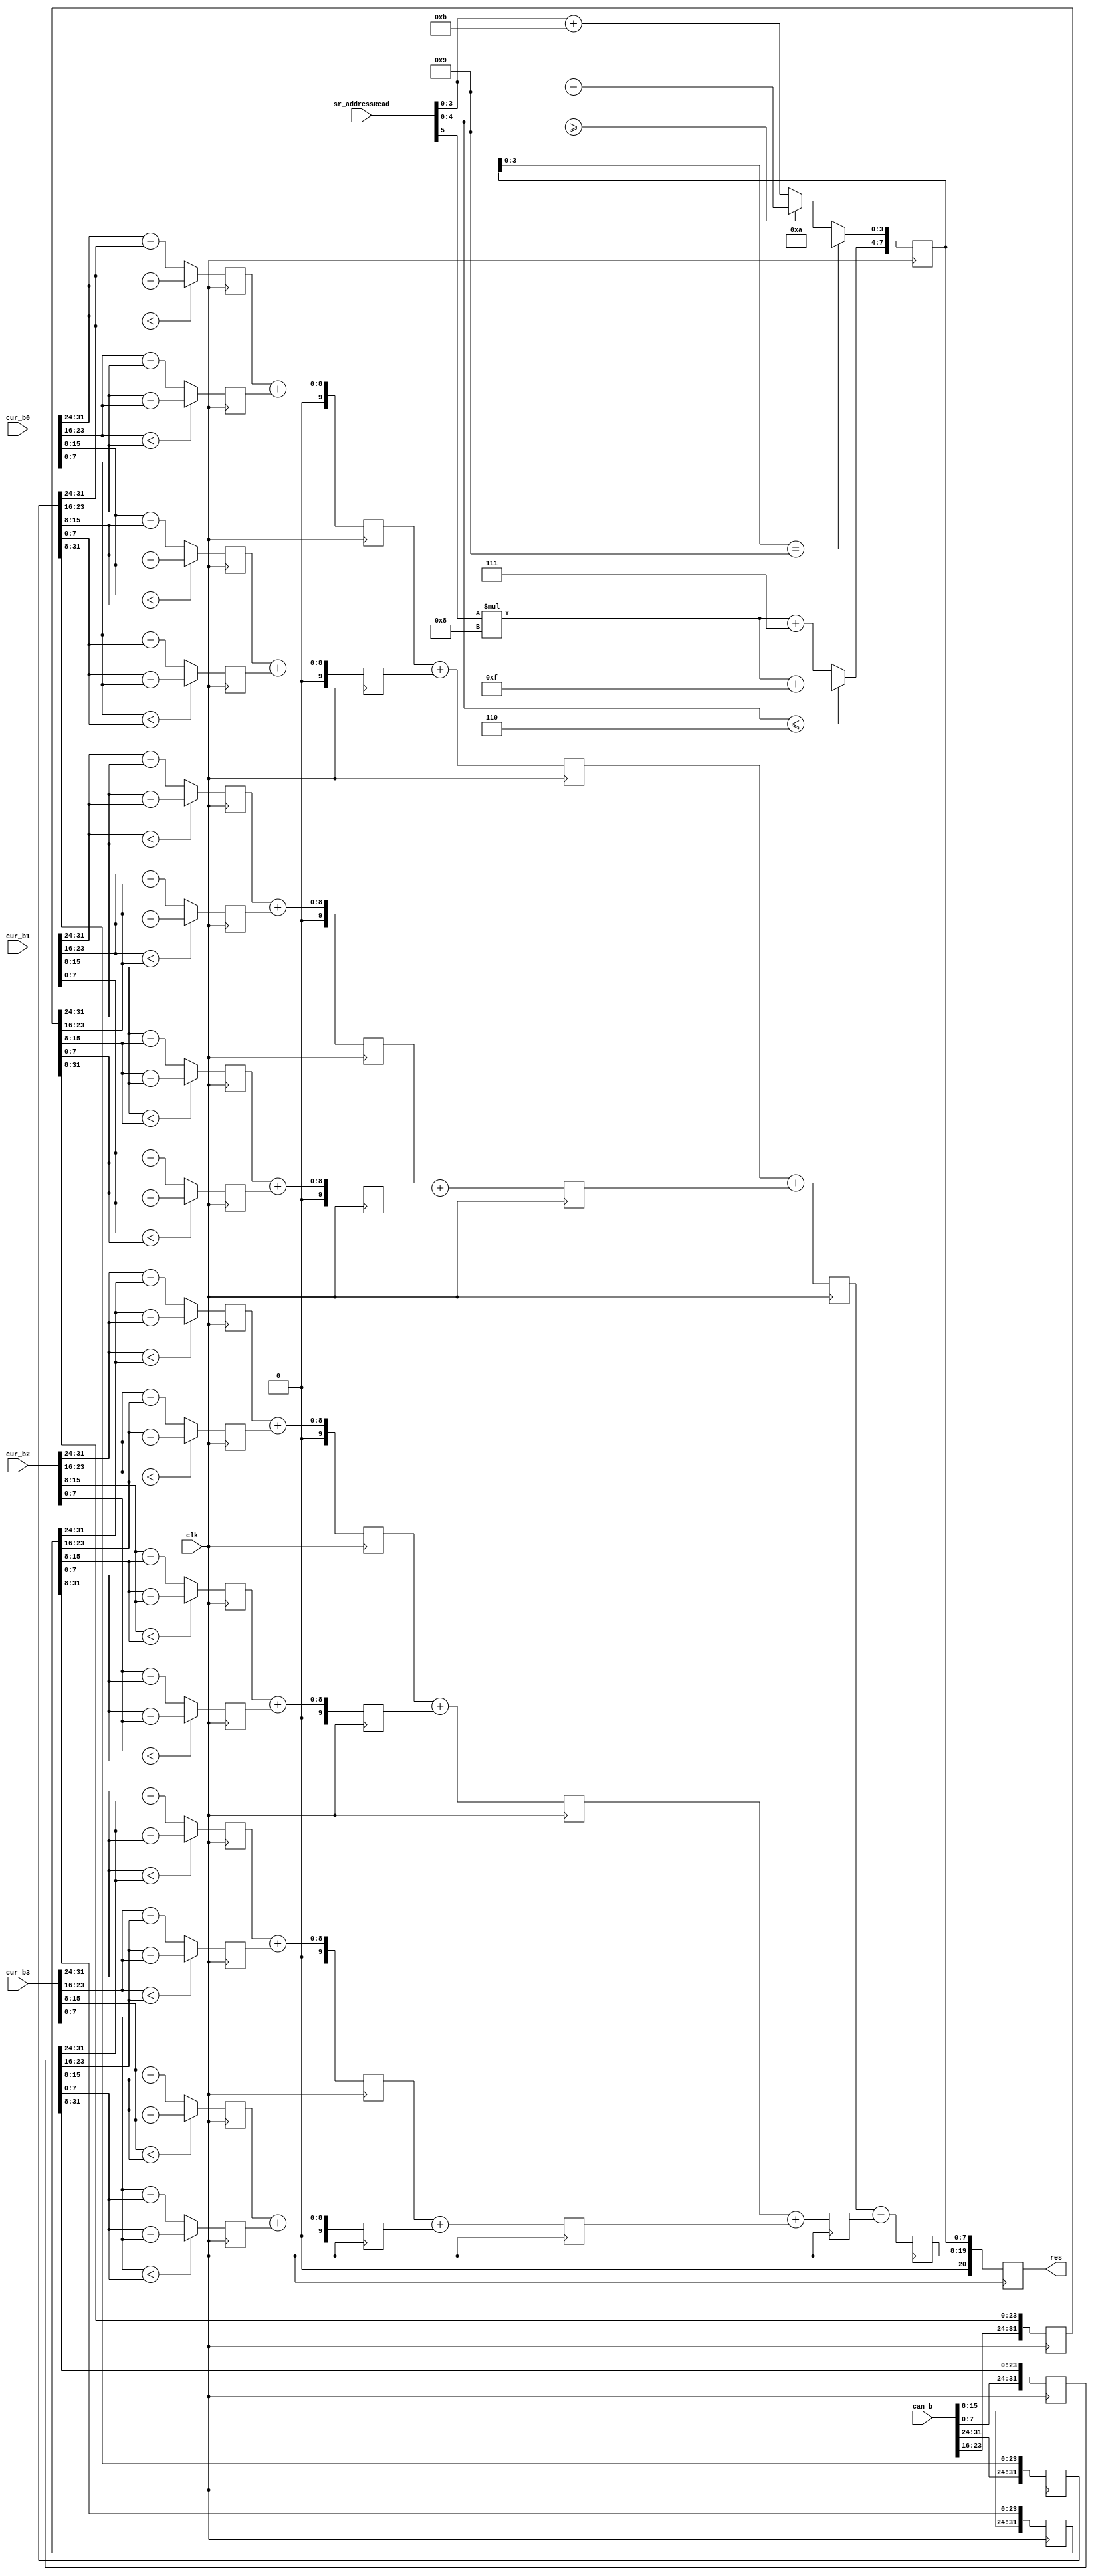
module MAD8 (cur_b0,cur_b1,cur_b2,cur_b3,can_b,clk,res,sr_addressRead);//add sr_addressRead[5:0],comapre_out[20:0] 
  input[31:0] cur_b0;
  input[31:0] cur_b1;
  input[31:0] cur_b2;
  input[31:0] cur_b3;
  input[87:0] can_b;
  input clk;
  input[5:0] sr_addressRead;
  output [20:0]res;
  
  reg[20:0] res;
  
  reg[31:0] mad0;
  reg[31:0] mad1;
  reg[31:0] mad2;
  reg[31:0] mad3;
  
  reg [7:0] res_00;
  reg [7:0] res_01;
  reg [7:0] res_02;
  reg [7:0] res_03;
  reg [7:0] res_04;
  reg [7:0] res_05;
  reg [7:0] res_06;
  reg [7:0] res_07;
  reg [7:0] res_08;
  reg [7:0] res_09;
  reg [7:0] res_010;
  reg [7:0] res_011;
  reg [7:0] res_012;
  reg [7:0] res_013;
  reg [7:0] res_014;
  reg [7:0] res_015;
  
  reg[9:0]res_10;
  reg[9:0]res_11;
  reg[9:0]res_12;
  reg[9:0]res_13;
  reg[9:0]res_14;
  
  reg[9:0]res_15;
  reg[9:0]res_16;
  reg[9:0]res_17;
  
  reg[10:0]res_20;
  reg[10:0]res_21;
  reg[10:0]res_22;
  reg[10:0]res_23;
  
  reg[11:0]res_30;
  reg[11:0]res_31;
  reg[11:0]res_4;
  
  reg[7:0]address;
  always@(posedge clk)
    begin
      mad0<=mad0>>8;
      mad1<=mad1>>8;
      mad2<=mad2>>8;
      mad3<=mad3>>8;
      
      {mad0[31:24],mad1[31:24],mad2[31:24],mad3[31:24]}<=can_b[31:0];
      
      
      res_00<=(cur_b0[31:24]<mad0[31:24])?(mad0[31:24]-cur_b0[31:24]):(cur_b0[31:24]-mad0[31:24]);
      res_01<=(cur_b0[23:16]<mad0[23:16])?(mad0[23:16]-cur_b0[23:16]):(cur_b0[23:16]-mad0[23:16]);
      res_02<=(cur_b0[15:8]<mad0[15:8])?(mad0[15:8]-cur_b0[15:8]):(cur_b0[15:8]-mad0[15:8]);
      res_03<=(cur_b0[7:0]<mad0[7:0])?(mad0[7:0]-cur_b0[7:0]):(cur_b0[7:0]-mad0[7:0]);
      res_04<=(cur_b1[31:24]<mad1[31:24])?(mad1[31:24]-cur_b1[31:24]):(cur_b1[31:24]-mad1[31:24]);
      res_05<=(cur_b1[23:16]<mad1[23:16])?(mad1[23:16]-cur_b1[23:16]):(cur_b1[23:16]-mad1[23:16]);
      res_06<=(cur_b1[15:8]<mad1[15:8])?(mad1[15:8]-cur_b1[15:8]):(cur_b1[15:8]-mad1[15:8]);
      res_07<=(cur_b1[7:0]<mad1[7:0])?(mad1[7:0]-cur_b1[7:0]):(cur_b1[7:0]-mad1[7:0]);
      res_08<=(cur_b2[31:24]<mad2[31:24])?(mad2[31:24]-cur_b2[31:24]):(cur_b2[31:24]-mad2[31:24]);
      res_09<=(cur_b2[23:16]<mad2[23:16])?(mad2[23:16]-cur_b2[23:16]):(cur_b2[23:16]-mad2[23:16]);
      res_010<=(cur_b2[15:8]<mad2[15:8])?(mad2[15:8]-cur_b2[15:8]):(cur_b2[15:8]-mad2[15:8]);
      res_011<=(cur_b2[7:0]<mad2[7:0])?(mad2[7:0]-cur_b2[7:0]):(cur_b2[7:0]-mad2[7:0]);
      res_012<=(cur_b3[31:24]<mad3[31:24])?(mad3[31:24]-cur_b3[31:24]):(cur_b3[31:24]-mad3[31:24]);
      res_013<=(cur_b3[23:16]<mad3[23:16])?(mad3[23:16]-cur_b3[23:16]):(cur_b3[23:16]-mad3[23:16]);
      res_014<=(cur_b3[15:8]<mad3[15:8])?(mad3[15:8]-cur_b3[15:8]):(cur_b3[15:8]-mad3[15:8]);
      res_015<=(cur_b3[7:0]<mad3[7:0])?(mad3[7:0]-cur_b3[7:0]):(cur_b3[7:0]-mad3[7:0]);
      
      res_10<=res_00+res_01;
      res_11<=res_02+res_03;
      res_12<=res_04+res_05;
      res_13<=res_06+res_07;
      res_14<=res_08+res_09;
      res_15<=res_010+res_011;
      res_16<=res_012+res_013;
      res_17<=res_014+res_015;
      
      res_20<=res_10+res_11;
      res_21<=res_12+res_13;
      res_22<=res_14+res_15;
      res_23<=res_16+res_17;
      
      res_30<=res_20+res_21;
      res_31<=res_22+res_23;
      
      res_4<=res_30+res_31;
      
      address[7:4]<=(sr_addressRead[4:0] <= 6) ? (sr_addressRead[5]*8+15) : (sr_addressRead[5]*8+7);
      address[3:0]<=(address[3:0]== 9)? 10:((sr_addressRead[4:0] >= 9)? (sr_addressRead[4:0]-9) : (sr_addressRead[4:0] + 11));
      res<={res_4,address};
      

    end
/*
  always@(mad0 or mad1 or mad2 or mad3)
  begin
      if(cur_b0[31:24]<mad0[31:24])
        res_00=mad0[31:24]-cur_b0[31:24];
      else
        res_00=cur_b0[31:24]-mad0[31:24];
        
      if(cur_b0[23:16]<mad0[23:16])
        res_01=mad0[23:16]-cur_b0[23:16];
      else
        res_01=cur_b0[23:16]-mad0[23:16];
        
      if(cur_b0[15:8]<mad0[15:8])
        res_02=mad0[15:8]-cur_b0[15:8];
      else
        res_02=cur_b0[15:8]-mad0[15:8];
        
      if(cur_b0[7:0]<mad0[7:0])
        res_03=mad0[7:0]-cur_b0[7:0];
      else
        res_03=cur_b0[7:0]-mad0[7:0];
        
      if(cur_b1[31:24]<mad1[31:24])
        res_04=mad1[31:24]-cur_b1[31:24];
      else
        res_04=cur_b1[31:24]-mad1[31:24];
        
      if(cur_b1[23:16]<mad1[23:16])
        res_05=mad1[23:16]-cur_b1[23:16];
      else
        res_05=cur_b1[23:16]-mad1[23:16];
        
      if(cur_b1[15:8]<mad1[15:8])
        res_06=mad1[15:8]-cur_b1[15:8];
      else
        res_06=cur_b1[15:8]-mad1[15:8];
        
        
      if(cur_b1[7:0]<mad1[7:0])
        res_07=mad1[7:0]-cur_b1[7:0];
      else
        res_07=cur_b1[7:0]-mad1[7:0];
        
        
      if(cur_b2[31:24]<mad2[31:24])
        res_08=mad2[31:24]-cur_b2[31:24];
      else
        res_08=cur_b2[31:24]-mad2[31:24];
        
          
      if(cur_b2[23:16]<mad2[23:16])
        res_09=mad2[23:16]-cur_b2[23:16];
      else
        res_09=cur_b2[23:16]-mad2[23:16];
          
      if(cur_b2[15:8]<mad2[15:8])
        res_010=mad2[15:8]-cur_b2[15:8];
      else
        res_010=cur_b2[15:8]-mad2[15:8];
          
      if(cur_b2[7:0]<mad2[7:0])
        res_011=mad2[7:0]-cur_b2[7:0];
      else
        res_011=cur_b2[7:0]-mad2[7:0];
          
      if(cur_b3[31:24]<mad3[31:24])
        res_012=mad3[31:24]-cur_b3[31:24];
      else
        res_012=cur_b3[31:24]-mad3[31:24];
          
      if(cur_b3[23:16]<mad3[23:16])
        res_013=mad3[23:16]-cur_b3[23:16];
      else
        res_013=cur_b3[23:16]-mad3[23:16];
          
      if(cur_b3[15:8]<mad3[15:8])
        res_014=mad3[15:8]-cur_b3[15:8];
      else
        res_014=cur_b3[15:8]-mad3[15:8];
          
      if(cur_b3[7:0]<mad3[7:0])
        res_015=mad3[7:0]-cur_b3[7:0];
      else
        res_015=cur_b3[7:0]-mad3[7:0];
    
      res_10=res_00+res_01;
      res_11=res_02+res_03;
      res_12=res_04+res_05;
      res_13=res_06+res_07;
      res_14=res_08+res_09;
      res_15=res_010+res_011;
      res_16=res_012+res_013;
      res_17=res_014+res_015;
      
      res_20=res_10+res_01;
      res_21=res_12+res_03;
      res_22=res_14+res_05;
      res_23=res_16+res_07;
      
      res_30=res_20+res_21;
      res_31=res_22+res_23;
      
      res_4=res_30+res_31;
      
      address[7:4]=sr_addressRead[5]*8+7;
      address[3:0]=(sr_addressRead[4:0]-3);
      res={res_4,address};
      
      //res={res,sr_addressRead};
  end
  
   */
  
endmodule